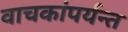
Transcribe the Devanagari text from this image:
वाचकांपर्यन्त